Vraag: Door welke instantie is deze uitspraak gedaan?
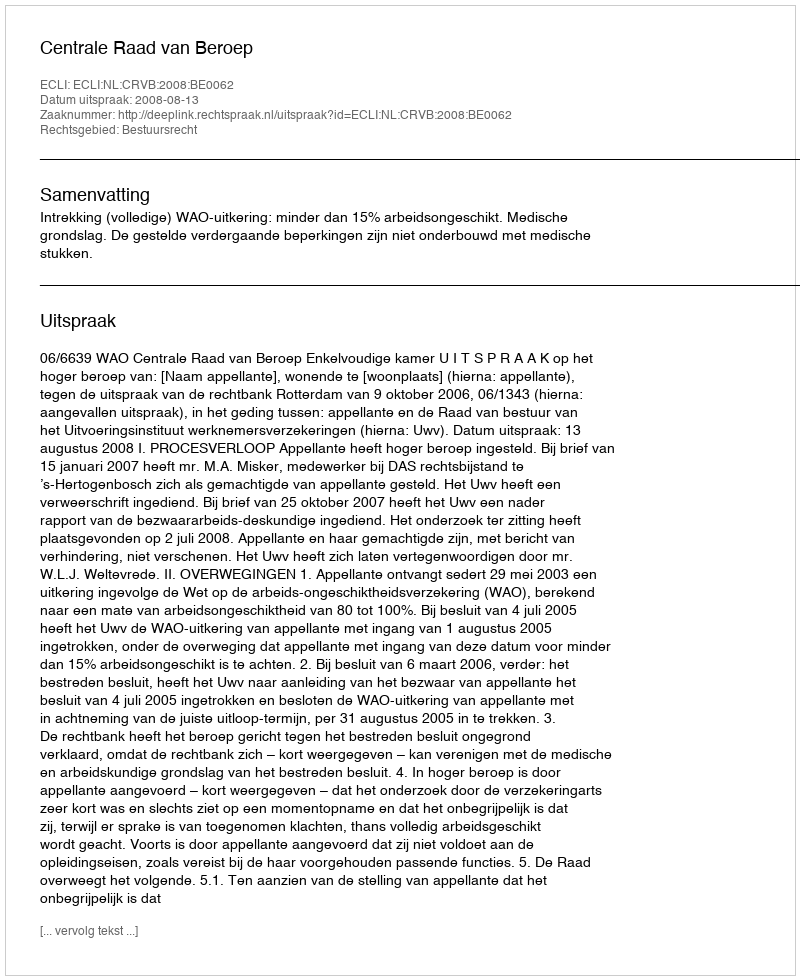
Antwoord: Centrale Raad van Beroep